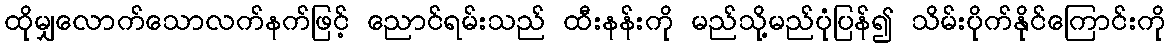
ထိုမျှလောက်သောလက်နက်ဖြင့် ညောင်ရမ်းသည် ထီးနန်းကို မည်သို့မည်ပုံပြန်၍ သိမ်းပိုက်နိုင်ကြောင်းကို